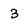
Character: 3